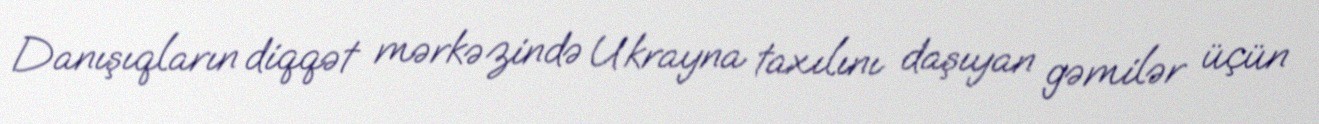
Danışıqların diqqət mərkəzində Ukrayna taxılını daşıyan gəmilər üçün